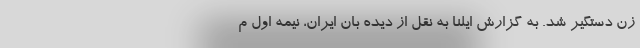
زن دستگیر شد. به گزارش ایلنا به نقل از دیده بان ایران، نیمه اول م